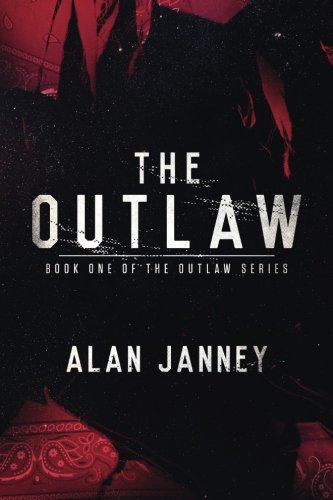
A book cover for The Outlaw: Origins (Volume 1); Alan Janney; Science Fiction & Fantasy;